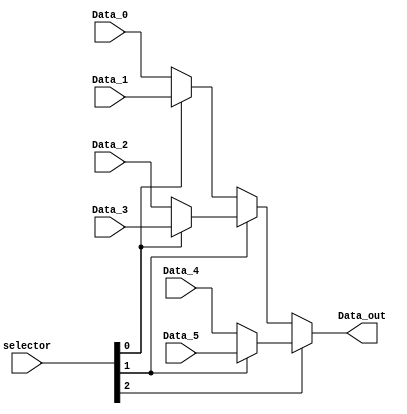
module mux_IorD (
    input wire  [2:0] selector,         // IorD
    input wire  [31:0] Data_0,      // Data from PC (Address)
    input wire  [31:0] Data_1,      // Exception
    input wire  [31:0] Data_2,      // ALUResult
    input wire  [31:0] Data_3,      // ALUOut
    input wire  [31:0] Data_4,      // ALUSrcA
    input wire  [31:0] Data_5,      // ALUSrcB
    output wire [31:0] Data_out     // Output from MUX
);
    
    wire [31:0] out1, out2, out3, out4;

    assign out1 = (selector[0]) ? Data_1 : Data_0;
    assign out2 = (selector[0]) ? Data_3 : Data_2;
    assign out3 = (selector[1]) ? out2 : out1;
    assign out4 = (selector[1]) ? Data_5 : Data_4;
    assign Data_out = (selector[2]) ? out4 : out3;

    /*

    Data_0 ---- 0|
    Data_1 ---- 1| --- out1 0\
    Data_2 ---- 0|            | out3 -- 0\
    Data_3 ---- 1| --- out2 1/            |
    Data_4 ---- 0|                        | --- Data_out ->
    Data_5 ---- 1| ------- out4 ------- 1/

    */

endmodule